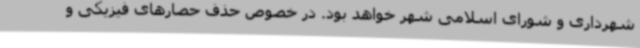
شهرداری و شورای اسلامی شهر خواهد بود. در خصوص حذف حصارهای فیزیکی و